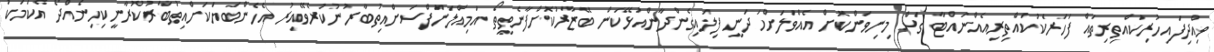
ވިއްދިފައިހުރިކައްތިރިތައް ފަހަރަކުކައްތިރިއެއްނައްޓާ ގަސް މިނިވަންކޮށް އެއްވަލަށްހަދަނީ ފިލައިގެންދާންއުޅޭކަން ބޭޒާރުކޮށްފާނެތީތޯ އަމިއްލަނަފްސަށްއިތުބާރުނުކުރެވޭއިރު އެހެންބަޔަކަށްއިތުބާރުކުރާނީކިހިނެއްދޯ އެކަމަކު